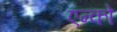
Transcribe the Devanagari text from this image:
एन्को